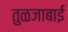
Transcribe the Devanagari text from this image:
तुळजाबाई